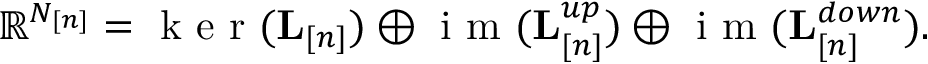
\begin{array} { r } { \mathbb { R } ^ { N _ { [ n ] } } = \mathrm { ~ k ~ e ~ r ~ } ( { \bf L } _ { [ n ] } ) \oplus \mathrm { ~ i ~ m ~ } ( { \bf L } _ { [ n ] } ^ { u p } ) \oplus \mathrm { ~ i ~ m ~ } ( { \bf L } _ { [ n ] } ^ { d o w n } ) . } \end{array}